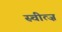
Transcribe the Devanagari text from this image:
स्चीत्ज़